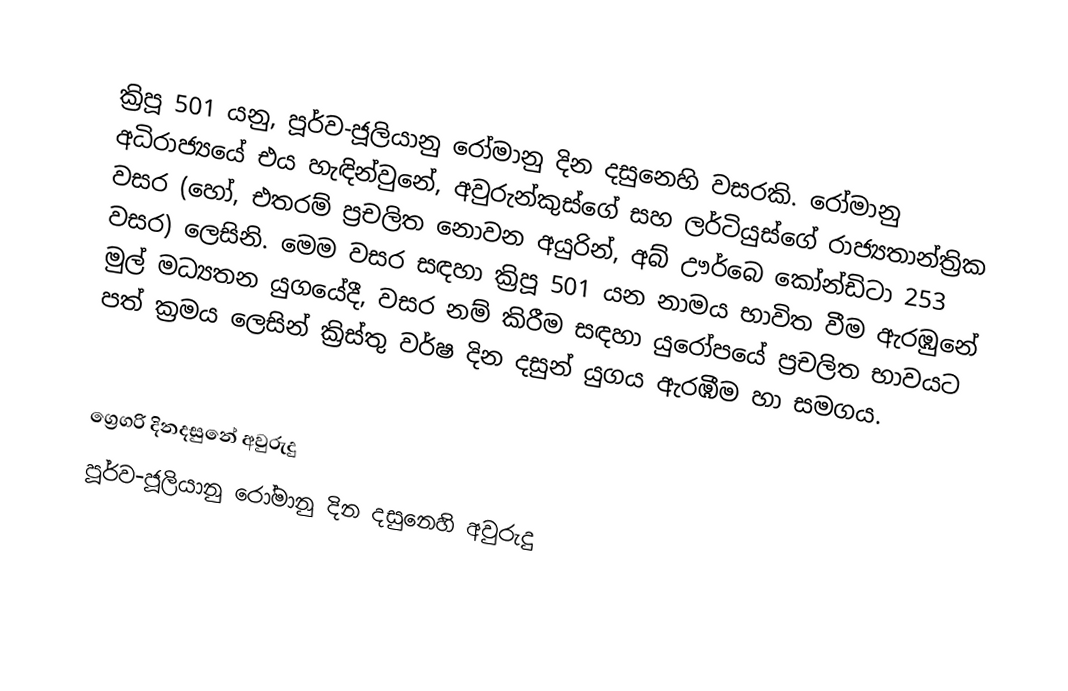

ක්‍රිපූ 501 යනු, පූර්ව-ජූලියානු රෝමානු දින දසුනෙහි වසරකි. රෝමානු අධිරාජ්‍යයේ එය හැඳින්වුනේ, අවුරුන්කුස්ගේ සහ ලර්ටියුස්ගේ රාජ්‍යතාන්ත්‍රික වසර (හෝ, එතරම් ප්‍රචලිත නොවන අයුරින්, අබ් ඌර්බෙ කෝන්ඩිටා 253 වසර) ලෙසිනි. මෙම වසර සඳහා ක්‍රිපූ 501 යන නාමය භාවිත වීම ඇරඹුනේ මුල්  මධ්‍යතන යුගයේදී, වසර නම් කිරීම සඳහා යුරෝපයේ ප්‍රචලිත භාවයට පත් ක්‍රමය ලෙසින් ක්‍රිස්තු වර්ෂ දින දසුන් යුගය ඇරඹීම හා සමගය.

ග්‍රෙගරි දිනදසුනේ අවුරුදු
පූර්ව-ජූලියානු රෝමානු දින දසුනෙහි අවුරුදු